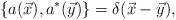
LaTeX: \begin{align*}\left\{ a(\vec{x}),a^{*}(\vec{y})\right\} =\delta (\vec{x}-\vec{y}),\quad\end{align*}